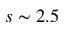
s \sim 2 . 5